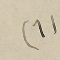
(1)